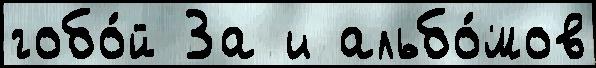
гобо́й За и альбо́мов